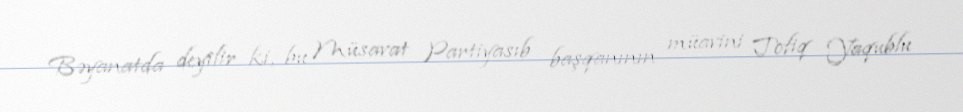
Bəyanatda deyilir ki, bu Müsavat Partiyasıb başqanının müavini Tofiq Yaqublu